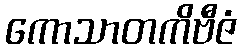
ကောသာတကိဗီဇံ